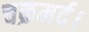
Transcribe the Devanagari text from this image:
चक्रमर्द।